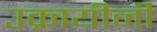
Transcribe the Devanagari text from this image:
उक्रायीनी